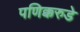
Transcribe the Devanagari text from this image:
पणिक्करुडे